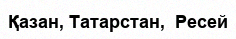
Қазан, Татарстан,  Ресей